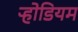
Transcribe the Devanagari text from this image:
ऱ्होडियम